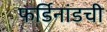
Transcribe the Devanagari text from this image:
फर्डिनांडची